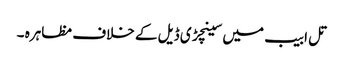
تل ابیب میں سینچڑی ڈیل کے خلاف مظاہرہ ۔